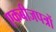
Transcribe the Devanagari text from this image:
एकबीजपत्रों